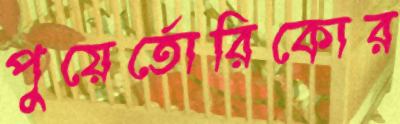
পুয়ের্তোরিকোর